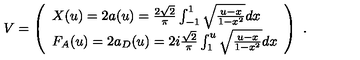
V = \left( \begin{array} { l } { X ( u ) = 2 a ( u ) = \frac { 2 \sqrt { 2 } } { \pi } \int _ { - 1 } ^ { 1 } \sqrt { \frac { u - x } { 1 - x ^ { 2 } } } d x } \\ { F _ { A } ( u ) = 2 a _ { D } ( u ) = 2 i \frac { \sqrt { 2 } } { \pi } \int _ { 1 } ^ { u } \sqrt { \frac { u - x } { 1 - x ^ { 2 } } } d x } \\ \end{array} \right) \ .